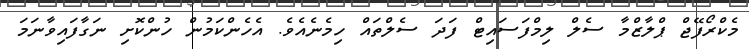
މެކްރޯފޭޖް ޕްލާޒްމާ ސެލް ލިމްފަސައިޓް ފަދަ ސެލްތައް ހިމެނެއެވެ. އެހެންކަމުން ހުންކޮށި ނަގާފައިވާނަމަ